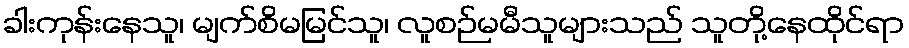
ခါးကုန်းနေသူ၊ မျက်စိမမြင်သူ၊ လူစဉ်မမီသူများသည် သူတို့နေထိုင်ရာ